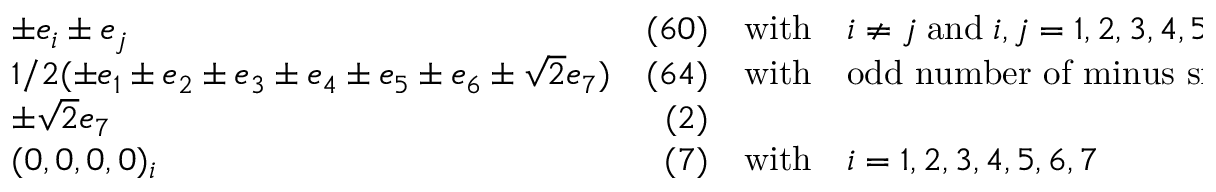
\begin{array} { l r c l } { { \pm e _ { i } \pm e _ { j } } } & { { ( 6 0 ) } } & { { \mathrm { w i t h } } } & { { i \neq j \; \mathrm { a n d } \; i , j = 1 , 2 , 3 , 4 , 5 , 6 } } \\ { { 1 / 2 ( \pm e _ { 1 } \pm e _ { 2 } \pm e _ { 3 } \pm e _ { 4 } \pm e _ { 5 } \pm e _ { 6 } \pm \sqrt { 2 } e _ { 7 } ) } } & { { ( 6 4 ) } } & { { \mathrm { w i t h } } } & { { \mathrm { o d d ~ n u m b e r ~ o f ~ m i n u s ~ s i g n s ~ f o r ~ e _ { 1 } ~ t o ~ e _ { 6 } ~ } } } \\ { { \pm \sqrt { 2 } e _ { 7 } } } & { { ( 2 ) } } & { { } } & { { } } \\ { { ( 0 , 0 , 0 , 0 ) _ { i } } } & { { ( 7 ) } } & { { \mathrm { w i t h } } } & { { i = 1 , 2 , 3 , 4 , 5 , 6 , 7 } } \end{array}